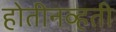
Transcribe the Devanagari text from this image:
होतीनव्हती